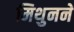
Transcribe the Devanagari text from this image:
मिथुनने